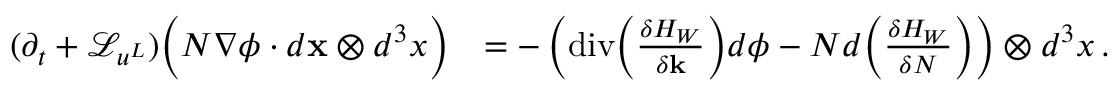
\begin{array} { r l } { ( \partial _ { t } + \mathcal { L } _ { u ^ { L } } ) \Big ( N \nabla \phi \cdot d { \mathbf { x } } \otimes d ^ { 3 } x \Big ) } & { = - \left( \mathrm { d i v } \Big ( \frac { \delta H _ { W } } { \delta { \mathbf { k } } } \Big ) d \phi - N d \Big ( \frac { \delta H _ { W } } { \delta N } \Big ) \right) \otimes d ^ { 3 } x \, . } \end{array}